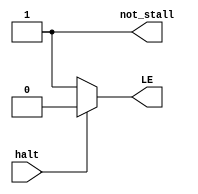
module HALT(input halt,
            output reg not_stall,
            output reg LE);

initial not_stall=1;

always @ ( * )
begin            
    if ( halt ) 
        LE=0;
    else 
        LE=1;
end
          
endmodule